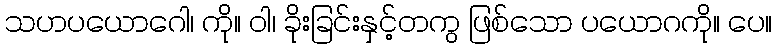
သဟပယောဂေါ၊ ကို။ ဝါ၊ ခိုးခြင်းနှင့်တကွ ဖြစ်သော ပယောဂကို။ ပေ။